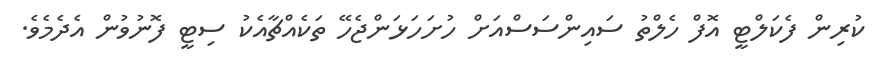
ކުރިން ފެކަލްޓީ އޮފް ހެލްތު ސައިންސަސްއަށް ހުށަހަޅަންޖެހޭ ތަކެއްޗާއެކު ސިޓީ ފޮނުވުން އެދެމެވެ.